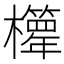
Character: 𣠊